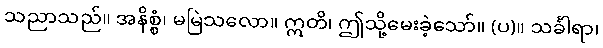
သညာသည်။ အနိစ္စံ၊ မမြဲသလော။ ဣတိ၊ ဤသို့မေးခဲ့သော်။ (ပ)။ သင်္ခါရာ၊